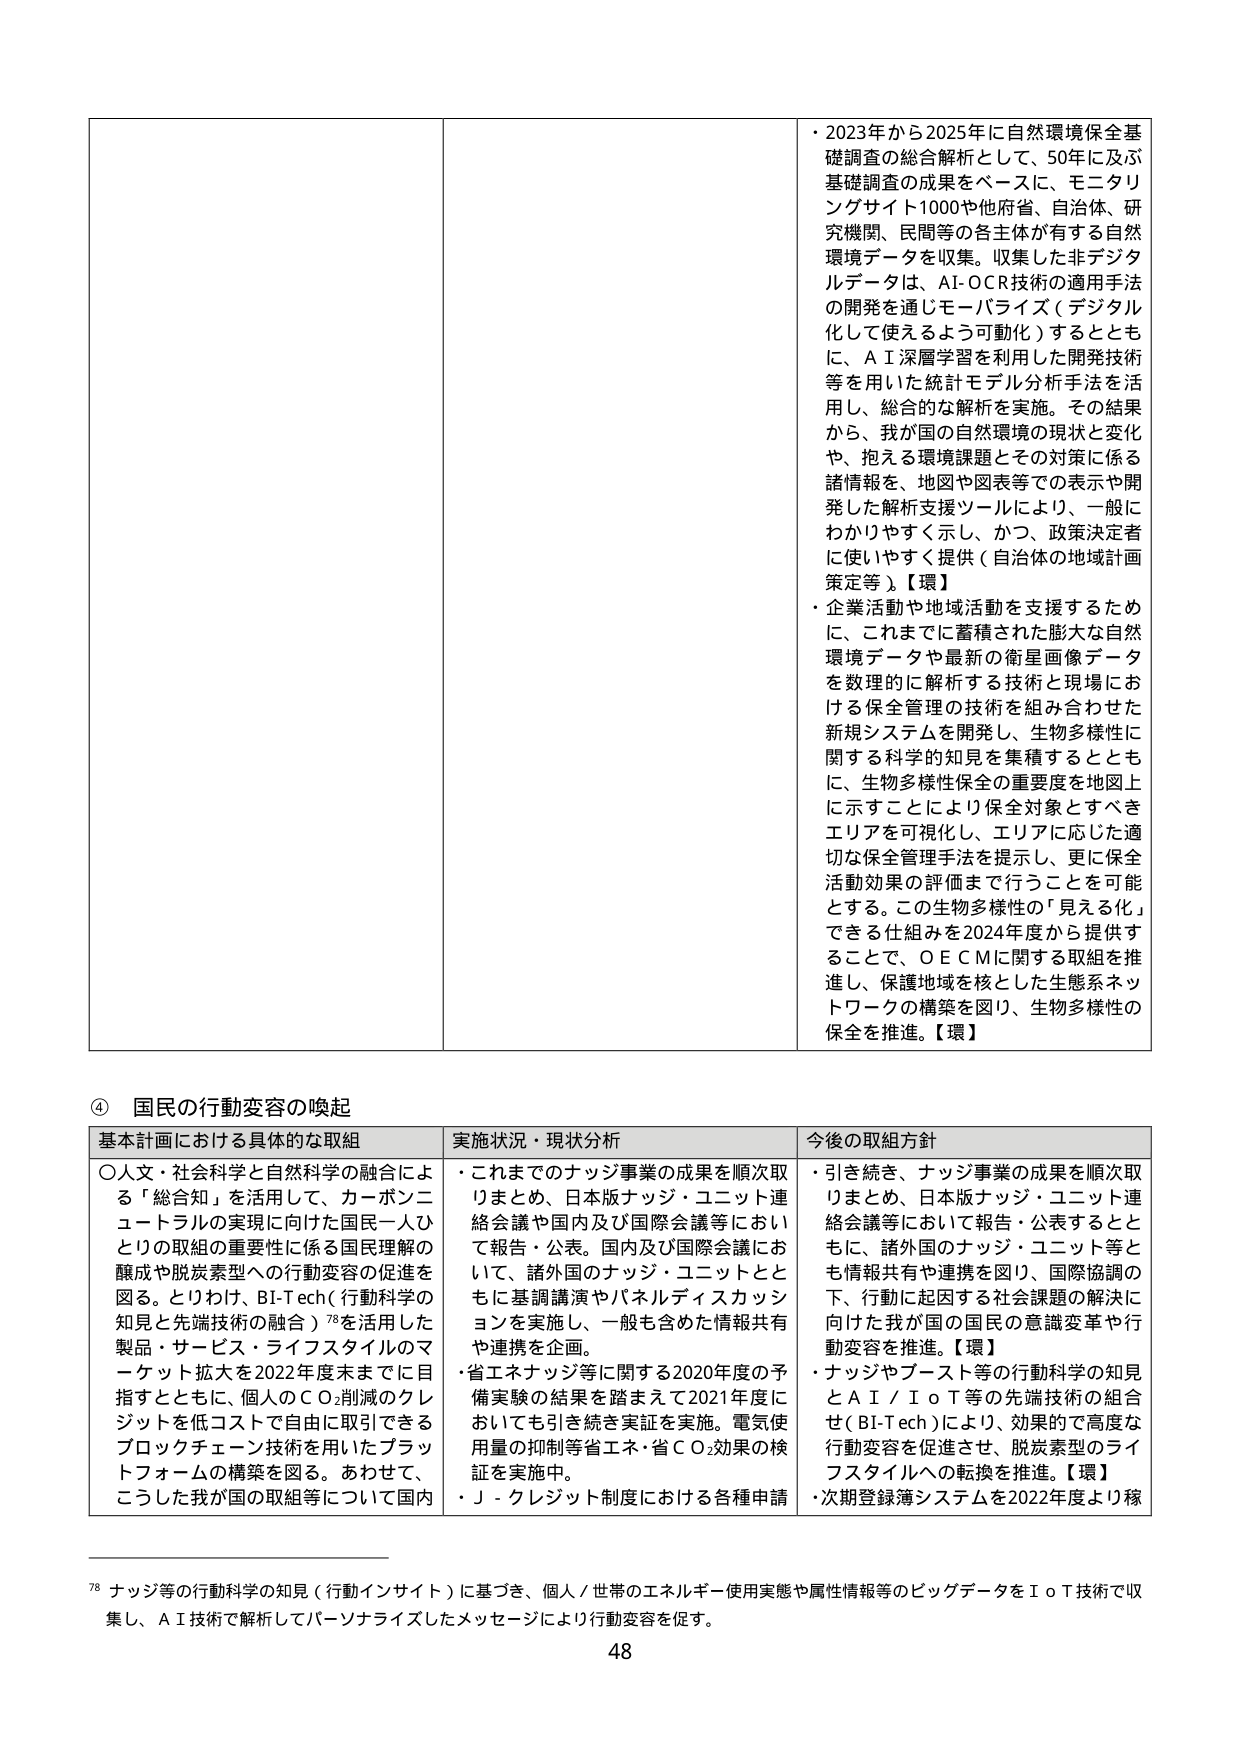
・2023年から2025年に自然環境保全基礎調査の総合解析として、50年に及ぶ基礎調査の成果をベースに、モニタリングサイト1000や他府省、自治体、研究機関、民間等の各主体が有する自然環境データを収集。収集した非デジタルデータは、AI-OCR技術の適用手法の開発を通じモーバライズ（デジタル化して使えるよう可動化）するとともに、AI深層学習を利用した開発技術等を用いた統計モデル分析手法を活用し、総合的な解析を実施。その結果から、我が国の自然環境の現状と変化や、抱える環境課題とその対策に係る諸情報を、地図や図表等での表示や開発した解析支援ツールにより、一般にわかりやすく示し、かつ、政策決定者に使いやすく提供（自治体の地域計画策定等）。【環】

・企業活動や地域活動を支援するために、これまでに蓄積された膨大な自然環境データや最新の衛星画像データを数理的に解析する技術と現場における保全管理の技術を組み合わせた新規システムを開発し、生物多様性に関する科学的知見を集積するとともに、生物多様性保全の重要度を地図上に示すことにより保全対象とすべきエリアを可視化し、エリアに応じた適切な保全管理手法を提示し、更に保全活動効果の評価まで行うことを可能とする。この生物多様性の「見える化」できる仕組みを2024年度から提供することで、OECMに関する取組を推進し、保護地域を核とした生態系ネットワークの構築を図り、生物多様性の保全を推進。【環】

④ 国民の行動変容の喚起

基本計画における具体的な取組 実施状況・現状分析 今後の取組方針

○人文・社会科学と自然科学の融合による「総合知」を活用して、カーボンニュートラルの実現に向けた国民一人ひとりの取組の重要性に係る国民理解の醸成や脱炭素型への行動変容の促進を図る。とりわけ、BI-Tech（行動科学の知見と先端技術の融合）78を活用した製品・サービス・ライフスタイルのマーケット拡大を2022年度末までに目指すとともに、個人のCO₂削減のクレジットを低コストで自由に取引できるブロックチェーン技術を用いたプラットフォームの構築を図る。あわせて、こうした我が国の取組等について国内

・これまでのナッジ事業の成果を順次取りまとめ、日本版ナッジ・ユニット連絡会議や国内及び国際会議等において報告・公表。国内及び国際会議において、諸外国のナッジ・ユニットとともに基調講演やパネルディスカッションを実施し、一般も含めた情報共有や連携を企画。
・省エネナッジ等に関する2020年度の予備実験の結果を踏まえて2021年度においても引き続き実証を実施。電気使用量の抑制等省エネ・省CO₂効果の検証を実施中。
・J-クレジット制度における各種申請

・引き続き、ナッジ事業の成果を順次取りまとめ、日本版ナッジ・ユニット連絡会議等において報告・公表するとともに、諸外国のナッジ・ユニット等とも情報共有や連携を図り、国際協調の下、行動に起因する社会課題の解決に向けた我が国の国民の意識変革や行動変容を推進。【環】
・ナッジやブースト等の行動科学の知見とAI／IoT等の先端技術の組合せ（BI-Tech）により、効果的で高度な行動変容を促進させ、脱炭素型のライフスタイルへの転換を推進。【環】
・次期登録簿システムを2022年度より稼

78 ナッジ等の行動科学の知見（行動インサイト）に基づき、個人／世帯のエネルギー使用実態や属性情報等のビッグデータをIoT技術で収集し、AI技術で解析してパーソナライズしたメッセージにより行動変容を促す。

48